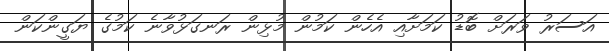
އަސަރު ވަރަށް ބޮޑު ކަމަށާއި އެހެން ކަމުން މުޅިން ރަނގަޅުވާނެ ކަމުގެ ޔަގީންކަން